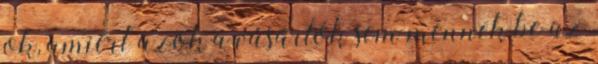
ok, amiért azok a vásárlók sem mennek be az